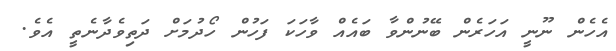
އެހެން ނޫނީ އަހަރެން ބޭނުންވާ ބައެއް ވާހަކަ ފަހުން ހޯދުމަށް ދަތިވެދާނެތީ އެވެ.